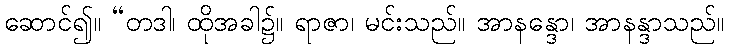
ဆောင်၍။ “တဒါ၊ ထိုအခါ၌။ ရာဇာ၊ မင်းသည်။ အာနန္ဒော၊ အာနန္ဒာသည်။